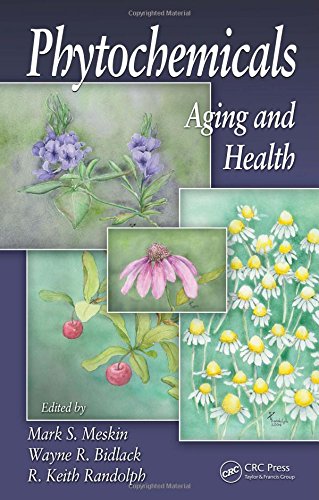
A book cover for Phytochemicals: Aging and Health; Health, Fitness & Dieting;